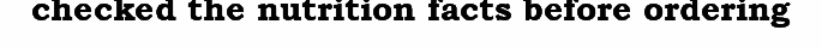
checked the nutrition facts before ordering